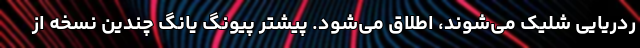
ردریایی شلیک می‌شوند، اطلاق می‌شود. پیشتر پیونگ یانگ چندین نسخه از